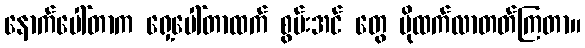
နောက်ပေါ်တာက ရှေ့ပေါ်တာထက် စွမ်းအင် တွေ ပိုထက်လာတတ်ကြတာ။